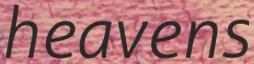
heavens